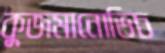
কুজমানোভিচ